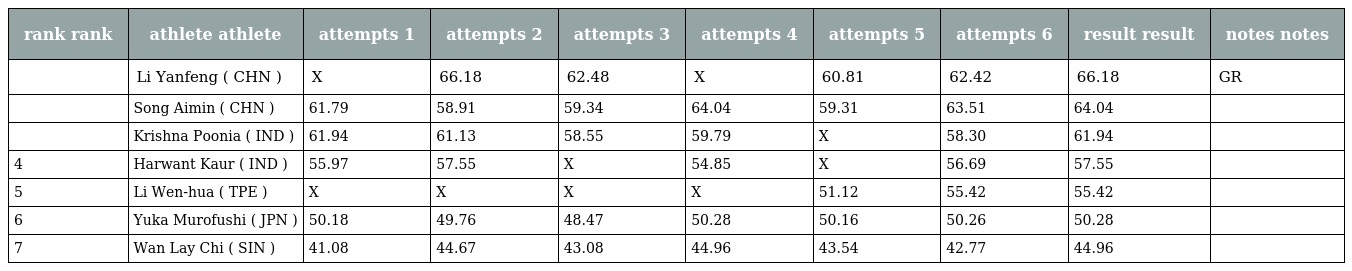
| rank rank | athlete athlete | attempts 1 | attempts 2 | attempts 3 | attempts 4 | attempts 5 | attempts 6 | result result | notes notes |
 | --- | --- | --- | --- | --- | --- | --- | --- | --- | --- |
 |  | Li Yanfeng ( CHN ) | X | 66.18 | 62.48 | X | 60.81 | 62.42 | 66.18 | GR |
 |  | Song Aimin ( CHN ) | 61.79 | 58.91 | 59.34 | 64.04 | 59.31 | 63.51 | 64.04 |  |
 |  | Krishna Poonia ( IND ) | 61.94 | 61.13 | 58.55 | 59.79 | X | 58.30 | 61.94 |  |
 | 4 | Harwant Kaur ( IND ) | 55.97 | 57.55 | X | 54.85 | X | 56.69 | 57.55 |  |
 | 5 | Li Wen-hua ( TPE ) | X | X | X | X | 51.12 | 55.42 | 55.42 |  |
 | 6 | Yuka Murofushi ( JPN ) | 50.18 | 49.76 | 48.47 | 50.28 | 50.16 | 50.26 | 50.28 |  |
 | 7 | Wan Lay Chi ( SIN ) | 41.08 | 44.67 | 43.08 | 44.96 | 43.54 | 42.77 | 44.96 |  |